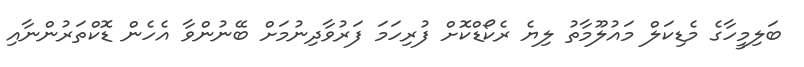
ބަލިމީހާގެ މެޑިކަލް މައުލޫމާތު ލިޔެ ރެކޯޑްކޮށް ފުރިހަމަ ފަރުވާދިނުމަށް ބޭނުންވާ އެހެން ޑޮކްތަރުންނާއި